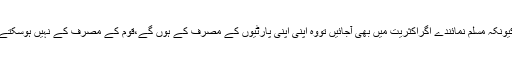
کیونکہ مسلم نمائندے اگراکثریت میں بھی آجائیں تووہ اپنی اپنی پارٹیوں کے مصرف کے ہوں گے،قوم کے مصرف کے نہیں ہوسکتے۔